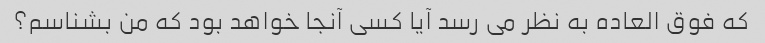
که فوق العاده به نظر می رسد آیا کسی آنجا خواهد بود که من بشناسم؟